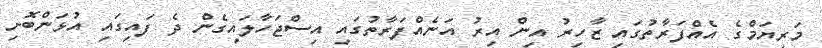
މަރިޔަމްގެ އެއްފަރާތުގައި ޒާހިރު އިން އިރު އަނެއްފަރާތުގައި އިސްޖަހާލައިގެން ދެ ފައިގައި އުޅަންބޮށި